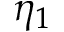
\eta _ { 1 }